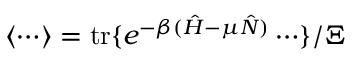
\langle \cdots \rangle = \mathrm { t r } \{ e ^ { - \beta ( \hat { H } - \mu \hat { N } ) } \cdots \} / \Xi